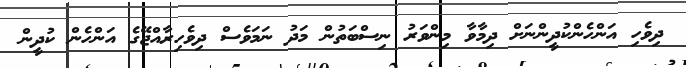
ދިވެހި އަންހެންކުދީންނަށް ދިމާވާ މިންވަރު ނިސްބަތުން މަދު ނަމަވެސް ދިވެހިރާއްޖޭގެ އަންހެން ކުދީން